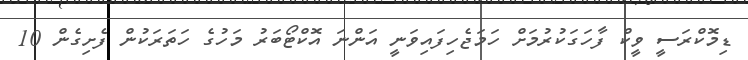
ޑިމޮކްރަސީ ވީކް ފާހަގަކުރުމަށް ހަމަޖެހިފައިވަނީ އަންނަ އޮކްޓޯބަރު މަހުގެ ހަތަރަކުން ފެށިގެން 10